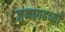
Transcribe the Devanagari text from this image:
जुनागढच्या